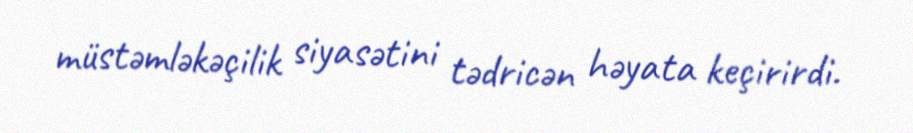
müstəmləkəçilik siyasətini tədricən həyata keçirirdi.